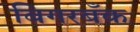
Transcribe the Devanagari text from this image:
बिगरबँक